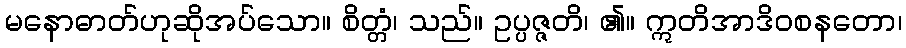
မနောဓာတ်ဟုဆိုအပ်သော။ စိတ္တံ၊ သည်။ ဥပ္ပဇ္ဇတိ၊ ၏။ ဣတိအာဒိဝစနတော၊